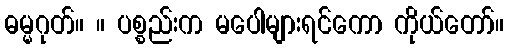
ဓမ္မဂုတ်။ ။ ပစ္စည်းက မပေါများရင်ကော ကိုယ်တော်။